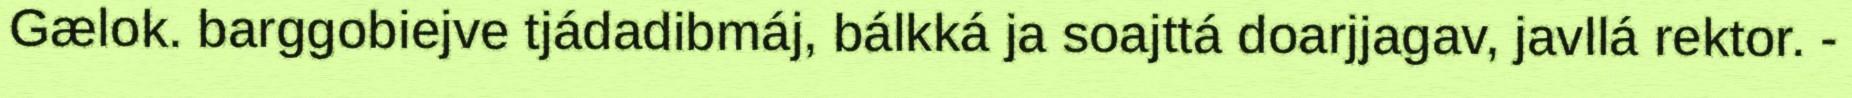
Gælok. barggobiejve tjádadibmáj, bálkká ja soajttá doarjjagav, javllá rektor. -